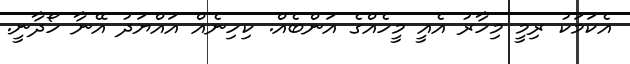
އެކަމަކު ރިމީ މިހާރު އެއީ މީހެއްގެ އަންބެއް. ކިހިނެއް އައްޔަދު އޭނާ ހޯދާނީ.